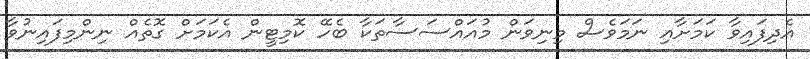
އެދިފައިވާ ކަމަށާއި ނަމަވެސް މިނިވަން މުއައްސަސާތަކާ ބެހޭ ކޮމިޓީން އެކަމަށް ގޮތެއް ނިންމިފައިނުވާ